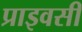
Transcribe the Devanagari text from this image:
प्राइवसी